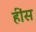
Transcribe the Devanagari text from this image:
हींस